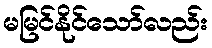
မမြင်နိုင်သော်လည်း